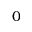
0